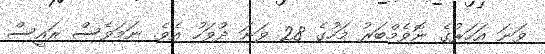
ވަނަ އަހަރުގެ ނޮވެމްބަރު މަހުގެ 28 ވަނަ ދުވަހު އެވެ. ނަމަވެސް ރައީސް